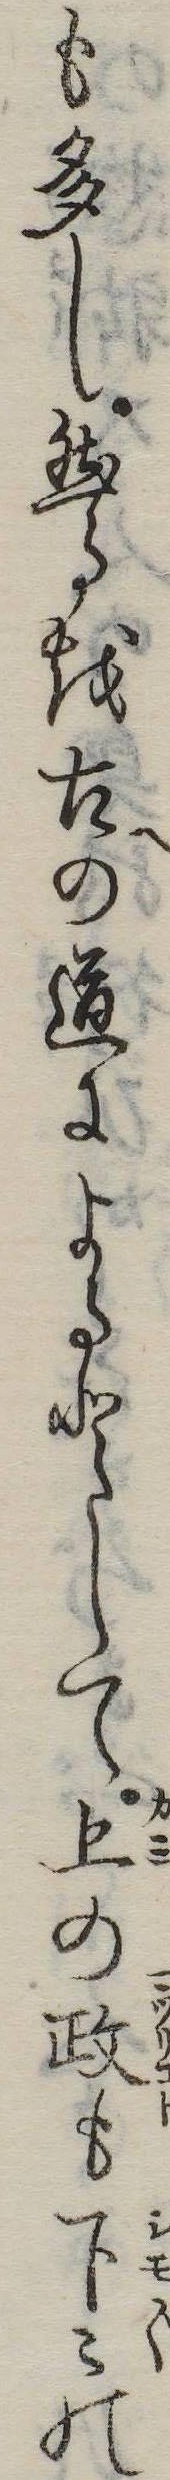
も多し然るを古の道によるとして上の政も下の